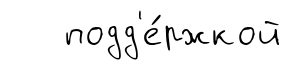
подд'е́ржкой